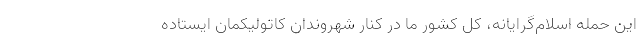
این حمله اسلام‌گرایانه، کل کشور ما در کنار شهروندان کاتولیکمان ایستاده